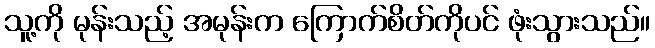
သူ့ကို မုန်းသည့် အမုန်းက ကြောက်စိတ်ကိုပင် ဖုံးသွားသည်။